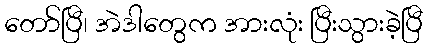
တော်ပြီ၊ အဲဒါတွေက အားလုံး ပြီးသွားခဲ့ပြီ